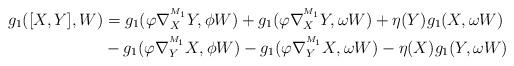
LaTeX: \begin{align*}g_{1}([X,Y],W)&=g_{1}(\varphi\nabla^{^{M_1}}_{X}Y,\phi W)+g_{1}(\varphi\nabla^{^{M_1}}_{X}Y,\omega W)+\eta(Y)g_{1}(X,\omega W) \\&-g_{1}(\varphi\nabla^{^{M_1}}_{Y}X,\phi W)-g_{1}(\varphi\nabla^{^{M_1}}_{Y}X,\omega W)-\eta(X)g_{1}(Y,\omega W)\end{align*}